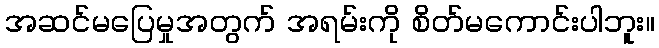
အဆင်မပြေမှုအတွက် အရမ်းကို စိတ်မကောင်းပါဘူး။